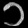
Digit: ၁